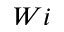
W i